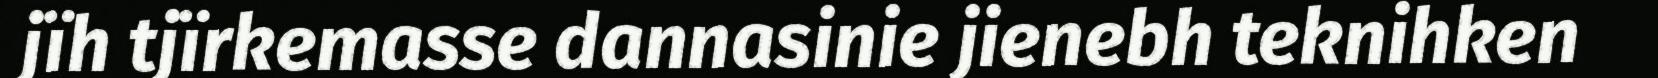
jïh tjïrkemasse dannasinie jienebh teknihken